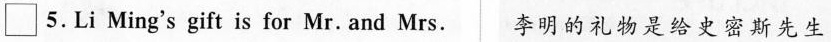
\Box 5. Li Ming's gift is for Mr. and Mrs. 李明的礼物是给史密斯先生